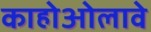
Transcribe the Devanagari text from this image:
काहोओलावे